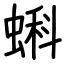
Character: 蝌